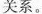
关系。